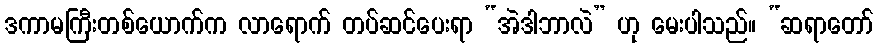
ဒကာမကြီးတစ်ယောက်က လာရောက် တပ်ဆင်ပေးရာ “အဲဒါဘာလဲ” ဟု မေးပါသည်။ “ဆရာတော်